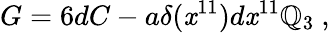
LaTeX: G=6dC-a\delta(\mathit{x}^{11})d\mathit{x}^{11}\mathbb{Q}_{3}\ ,